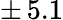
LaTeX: \pm\, 5.1